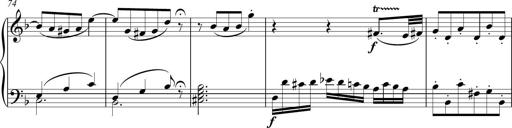
Title: Sonatina Vienesa al estilo de J.Haydn
Composer: JosÃ© RamÃ³n HernÃ¡ndez Bellido